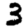
Digit: 3